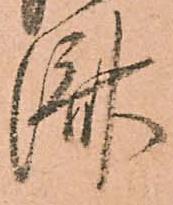
濟